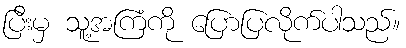
ပြီးမှ သူ့အကြံကို ပြောပြလိုက်ပါသည်။